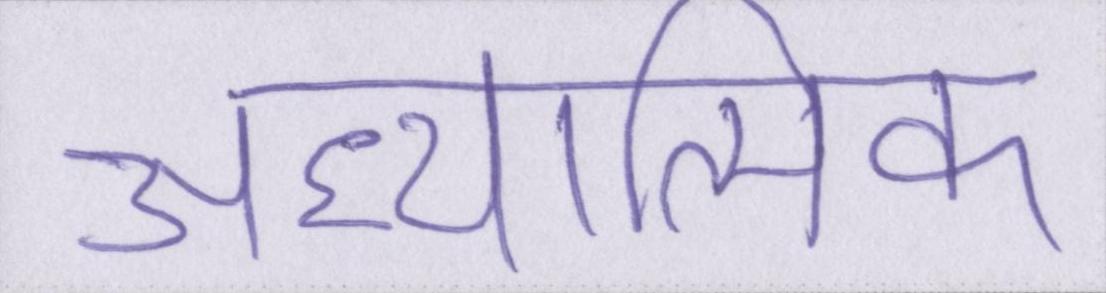
अध्यात्मिक